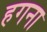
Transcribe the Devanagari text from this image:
हगना